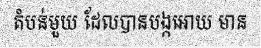
តំបន់មួយ ដែលបានបង្កអោយ មាន